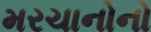
મરચાનોનો